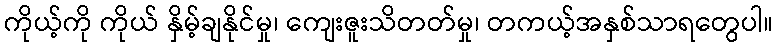
ကိုယ့်ကို ကိုယ် နှိမ့်ချနိုင်မှု၊ ကျေးဇူးသိတတ်မှု၊ တကယ့်အနှစ်သာရတွေပါ။